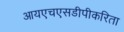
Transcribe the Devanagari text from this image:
आयएचएसडीपीकरिता